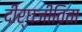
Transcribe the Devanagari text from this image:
दीर्घजीविता